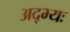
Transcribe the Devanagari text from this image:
अद्भ्यः